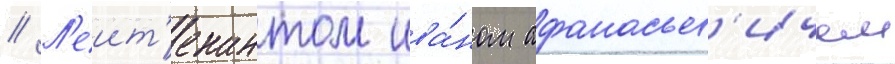
// Л'еит'енантом ива́ном афанасьев'ичем